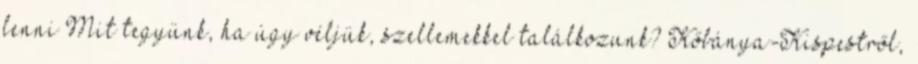
lenni Mit tegyünk, ha úgy véljük, szellemekkel találkozunk? Kőbánya-Kispestről,